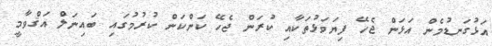
އަޅުގަނޑުމެން އަޅަން ޖެހޭ ފިޔަވަޅުތަކާއި ކުރަން ޖެހޭ ކަންކަން ކުރުމުގައި ބައިނަލް އަޤްވާމީ